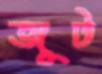
জূট